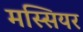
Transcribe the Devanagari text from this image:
मस्सियर